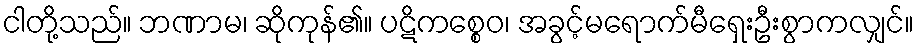
ငါတို့သည်။ ဘဏာမ၊ ဆိုကုန်၏။ ပဋိကစ္စေဝ၊ အခွင့်မရောက်မီရှေးဦးစွာကလျှင်။